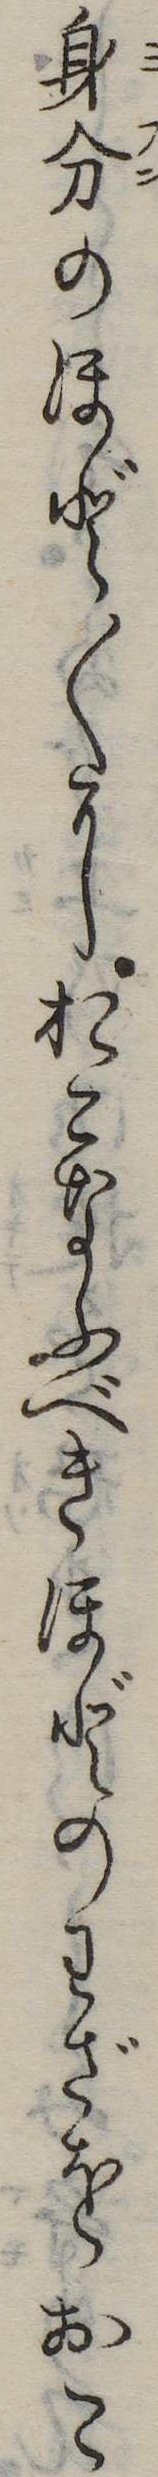
身分のほど〱におこなふべきほどのわざをおこ